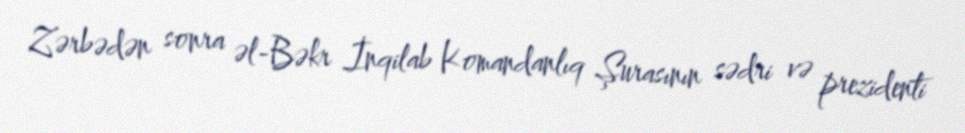
Zərbədən sonra əl-Bəkr İnqilab Komandanlıq Şurasının sədri və prezidenti